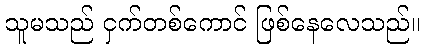
သူမသည် ငှက်တစ်ကောင် ဖြစ်နေလေသည်။